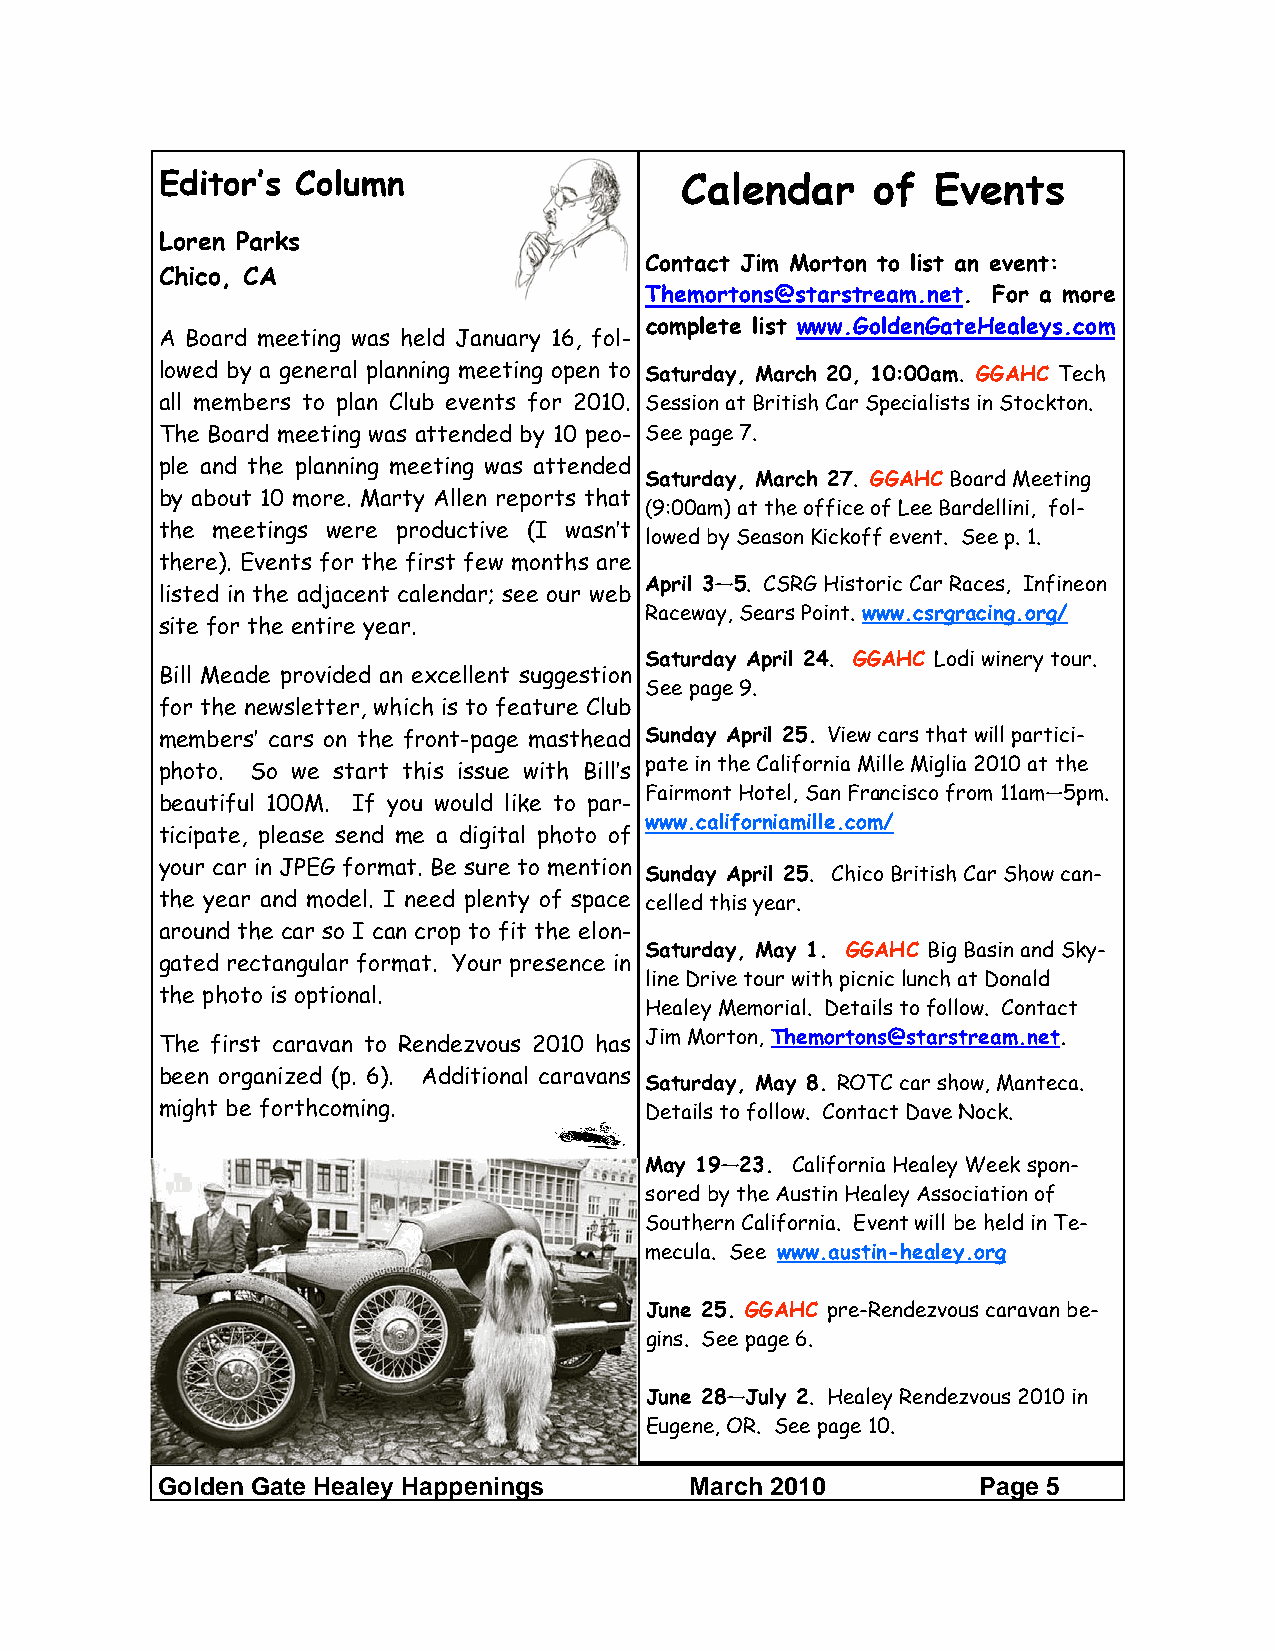
Editor’s Column                   Calendar     of  Events
 Loren Parks
 Contact Jim Morton to list an event:
 Chico, CA
 Themortons@starstream.net. For a more
 complete list www.GoldenGateHealeys.com
 A Board meeting was held January 16, fol-
 lowed by a general planning meeting open to Saturday, March 20, 10:00am. GGAHC Tech
 all members to plan Club events for 2010. Session at British Car Specialists in Stockton.
 The Board meeting was attended by 10 peo- See page 7.
 ple and the planning meeting was attended
 Saturday, March 27. GGAHC Board Meeting
 by about 10 more. Marty Allen reports that
 (9:00am) at the office of Lee Bardellini, fol-
 the meetings were productive (I wasn’t
 lowed by Season Kickoff event. See p. 1.
 there). Events for the first few months are
 April 3—5. CSRG Historic Car Races, Infineon
 listed in the adjacent calendar; see our web
 Raceway, Sears Point. www.csrgracing.org/
 site for the entire year.
 Saturday April 24. GGAHC Lodi winery tour.
 Bill Meade provided an excellent suggestion
 See page 9.
 for the newsletter, which is to feature Club
 members’ cars on the front-page masthead Sunday April 25. View cars that will partici-
 pate in the California Mille Miglia 2010 at the
 photo. So we start this issue with Bill’s
 Fairmont Hotel, San Francisco from 11am—5pm.
 beautiful 100M. If you would like to par-
 www.californiamille.com/
 ticipate, please send me a digital photo of
 your car in JPEG format. Be sure to mention
 Sunday April 25. Chico British Car Show can-
 the year and model. I need plenty of space celled this year.
 around the car so I can crop to fit the elon-
 Saturday, May 1. GGAHC Big Basin and Sky-
 gated rectangular format. Your presence in
 line Drive tour with picnic lunch at Donald
 the photo is optional.
 Healey Memorial. Details to follow. Contact
 Jim Morton, Themortons@starstream.net.
 The first caravan to Rendezvous 2010 has
 been organized (p. 6). Additional caravans
 Saturday, May 8. ROTC car show, Manteca.
 might be forthcoming.           Details to follow. Contact Dave Nock.
 May 19—23. California Healey Week spon-
 sored by the Austin Healey Association of
 Southern California. Event will be held in Te-
 mecula. See www.austin-healey.org
 June 25. GGAHC pre-Rendezvous caravan be-
 gins. See page 6.
 June 28—July 2. Healey Rendezvous 2010 in
 Eugene, OR. See page 10.
 Golden Gate Healey Happenings       March 2010         Page 5